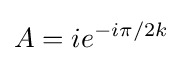
A=ie^{-i\pi /2k}